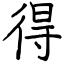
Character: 得